Scottish Leaving Certificate Examination, 1952
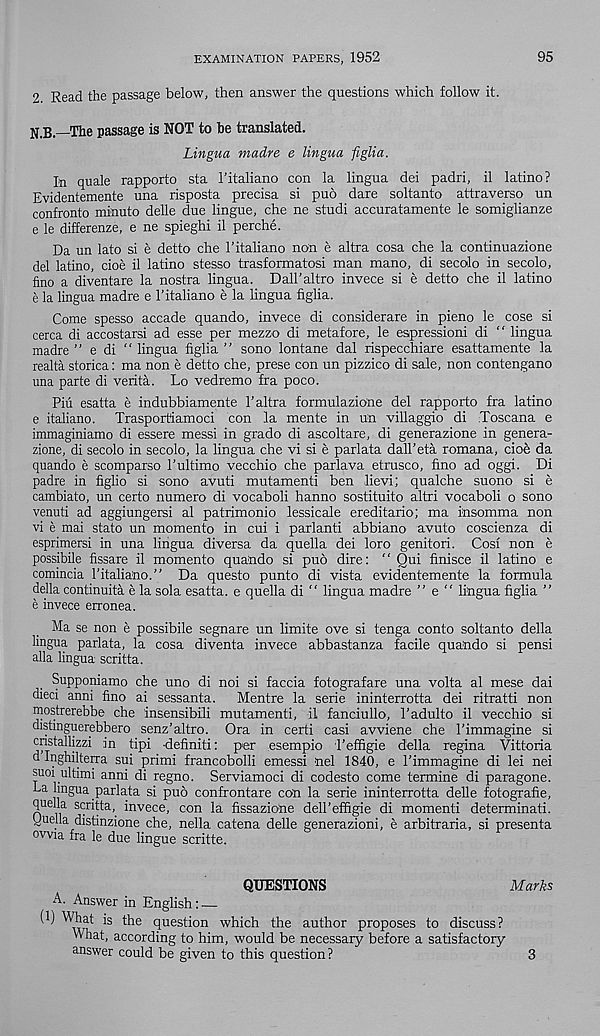
EXAMINATION PAPERS, 1952
95
2 Read the passage below, then answer the questions which follow it.
N.B.—The passage is NOT to be translated.
Lingua madre e lingua figlia.
In quale rapporto sta 1’italiano con la lingua del padri, il latino?
Evidentemente una risposta precisa si puo dare soltanto attraverso un
confronto minuto delle due lingue, che ne studi accuratamente le somiglianze
e le differenze, e ne spieghi il perche.
Da un lato si e detto che 1’italiano non e altra cosa che la continuazione
del latino, cioe il latino stesso trasformatosi man mano, di secdo in secolo,
fino a diventare la nostra lingua. Dall’altro invece si e detto che il latino
e la lingua madre e 1’italiano e la lingua figlia.
Come spesso accade quando, invece di considerare in pieno le cose si
cerca di accostarsi ad esse per mezzo di metafore, le espressioni di “ lingua
madre ” e di “ lingua figlia ” sono lontane dal rispecchiare esattamente la
realta storica: ma non e detto che, prese con un pizzico di sale, non contengano
una parte di verita. Lo vedremo fra poco.
Piii esatta e indubbiamente 1’altra formulazione del rapporto fra latino
e italiano. Trasportiamoci con la mente in un villaggio di Toscana e
immaginiamo di essere messi in grado di ascoltare, di generazione in genera-
zione, di secolo in secolo, la lingua che vi si e parlata dall’eta romana, cioe da
quando e scomparso 1’ultimo vecchio che parlava etrusco, fino ad oggi. Di
padre in figlio si sono avuti mutamenti ben lievi; qualche suono si e
cambiato, un certo numero di vocaboli hanno sostituito altri vocaboli o sono
venuti ad aggiungersi al patrimonio lessicale ereditario; ma insomma non
vi e mai stato un momento in cui i parlanti abbiano avuto coscienza di
esprimersi in una lingua diversa da quella dei loro genitori. Cosf non e
possibile fissare il momento quando si puo dire: “ Qui finisce il latino e
comincia I’italiano.” Da questo punto di vista evidentemente la formula
della continuita e la sola esatta. e quella di " lingua madre ” e “ lingua figlia ”
e invece erronea.
Ma se non e possibile segnare un limite ove si tenga conto soltanto della
lingua parlata, la cosa diventa invece abbastanza facile quando si pensi
alia lingua scritta.
Supponiamo che uno di noi si faccia fotografare una volta al mese dai
dieci anni iino ai sessanta. Mentre la serie ininterrotta dei ritratti non
mostrerebbe che insensibili mutamenti, il fanciullo, 1’adulto il vecchio si
distinguerebbero senz’altro. Ora in certi casi avviene che 1’immagine si
cnstallizzi in tipi -definiti: per esempio Teffigie della regina Vittoria
d Inghiltenra sui primi francobolli emessi nel 1840, e 1’immagine di lei nei
suoi ultimi anni di regno. Serviamoci di codesto come termine di paragone.
■ La lingua parlata si puo confrontare con la serie ininterrotta delle fotografie,
quella scritta,. invece, con la fissazione dell’effigie di momenti determinati.
Uuella distinzione che, nella catena delle generazioni, e arbitraria, si presenta
ovvia fra le due lingue scritte.
QUESTIONS
Marks
A. Answer in English: —
^ W 4 at
< l ues ii on which the author proposes to discuss?
What, according to him, would be necessary before a satisfactory
answer could be given to this question?
3